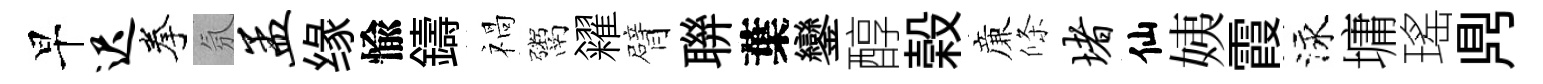
早迟拳氛孟缘愉鑄禍鬻糴臂聨葉鑾醇榖亷條堵仙姨霞泳墉瑤𪔂